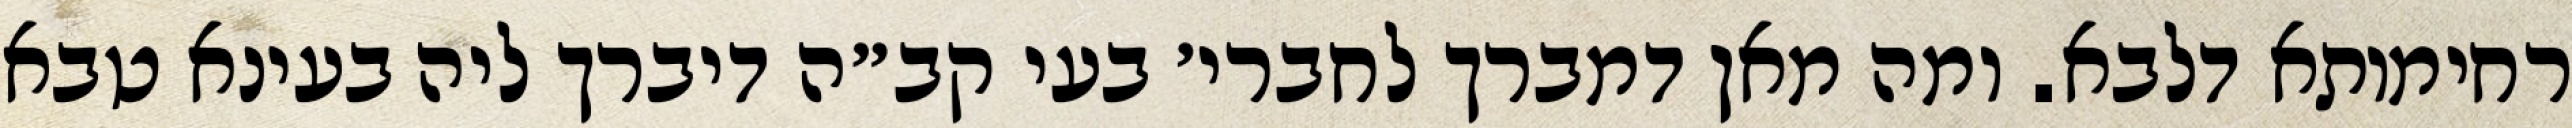
רחימותא דלבא. ומה מאן דמברך לחברי׳ בעי קב״ה דיברך ליה בעינא טבא